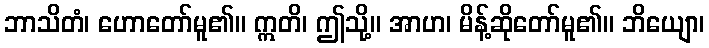
ဘာသိတံ၊ ဟောတော်မူ၏။ ဣတိ၊ ဤသို့။ အာဟ၊ မိန့်ဆိုတော်မူ၏။ ဘိယျော၊